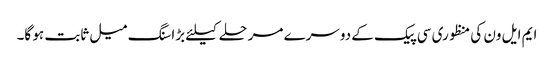
ایم ایل ون کی منظوری سی پیک کے دوسرے مرحلے کیلئے بڑا سنگ میل ثابت ہو گا۔